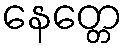
နေတ္တေ